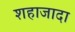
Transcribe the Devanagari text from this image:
शहाजादा